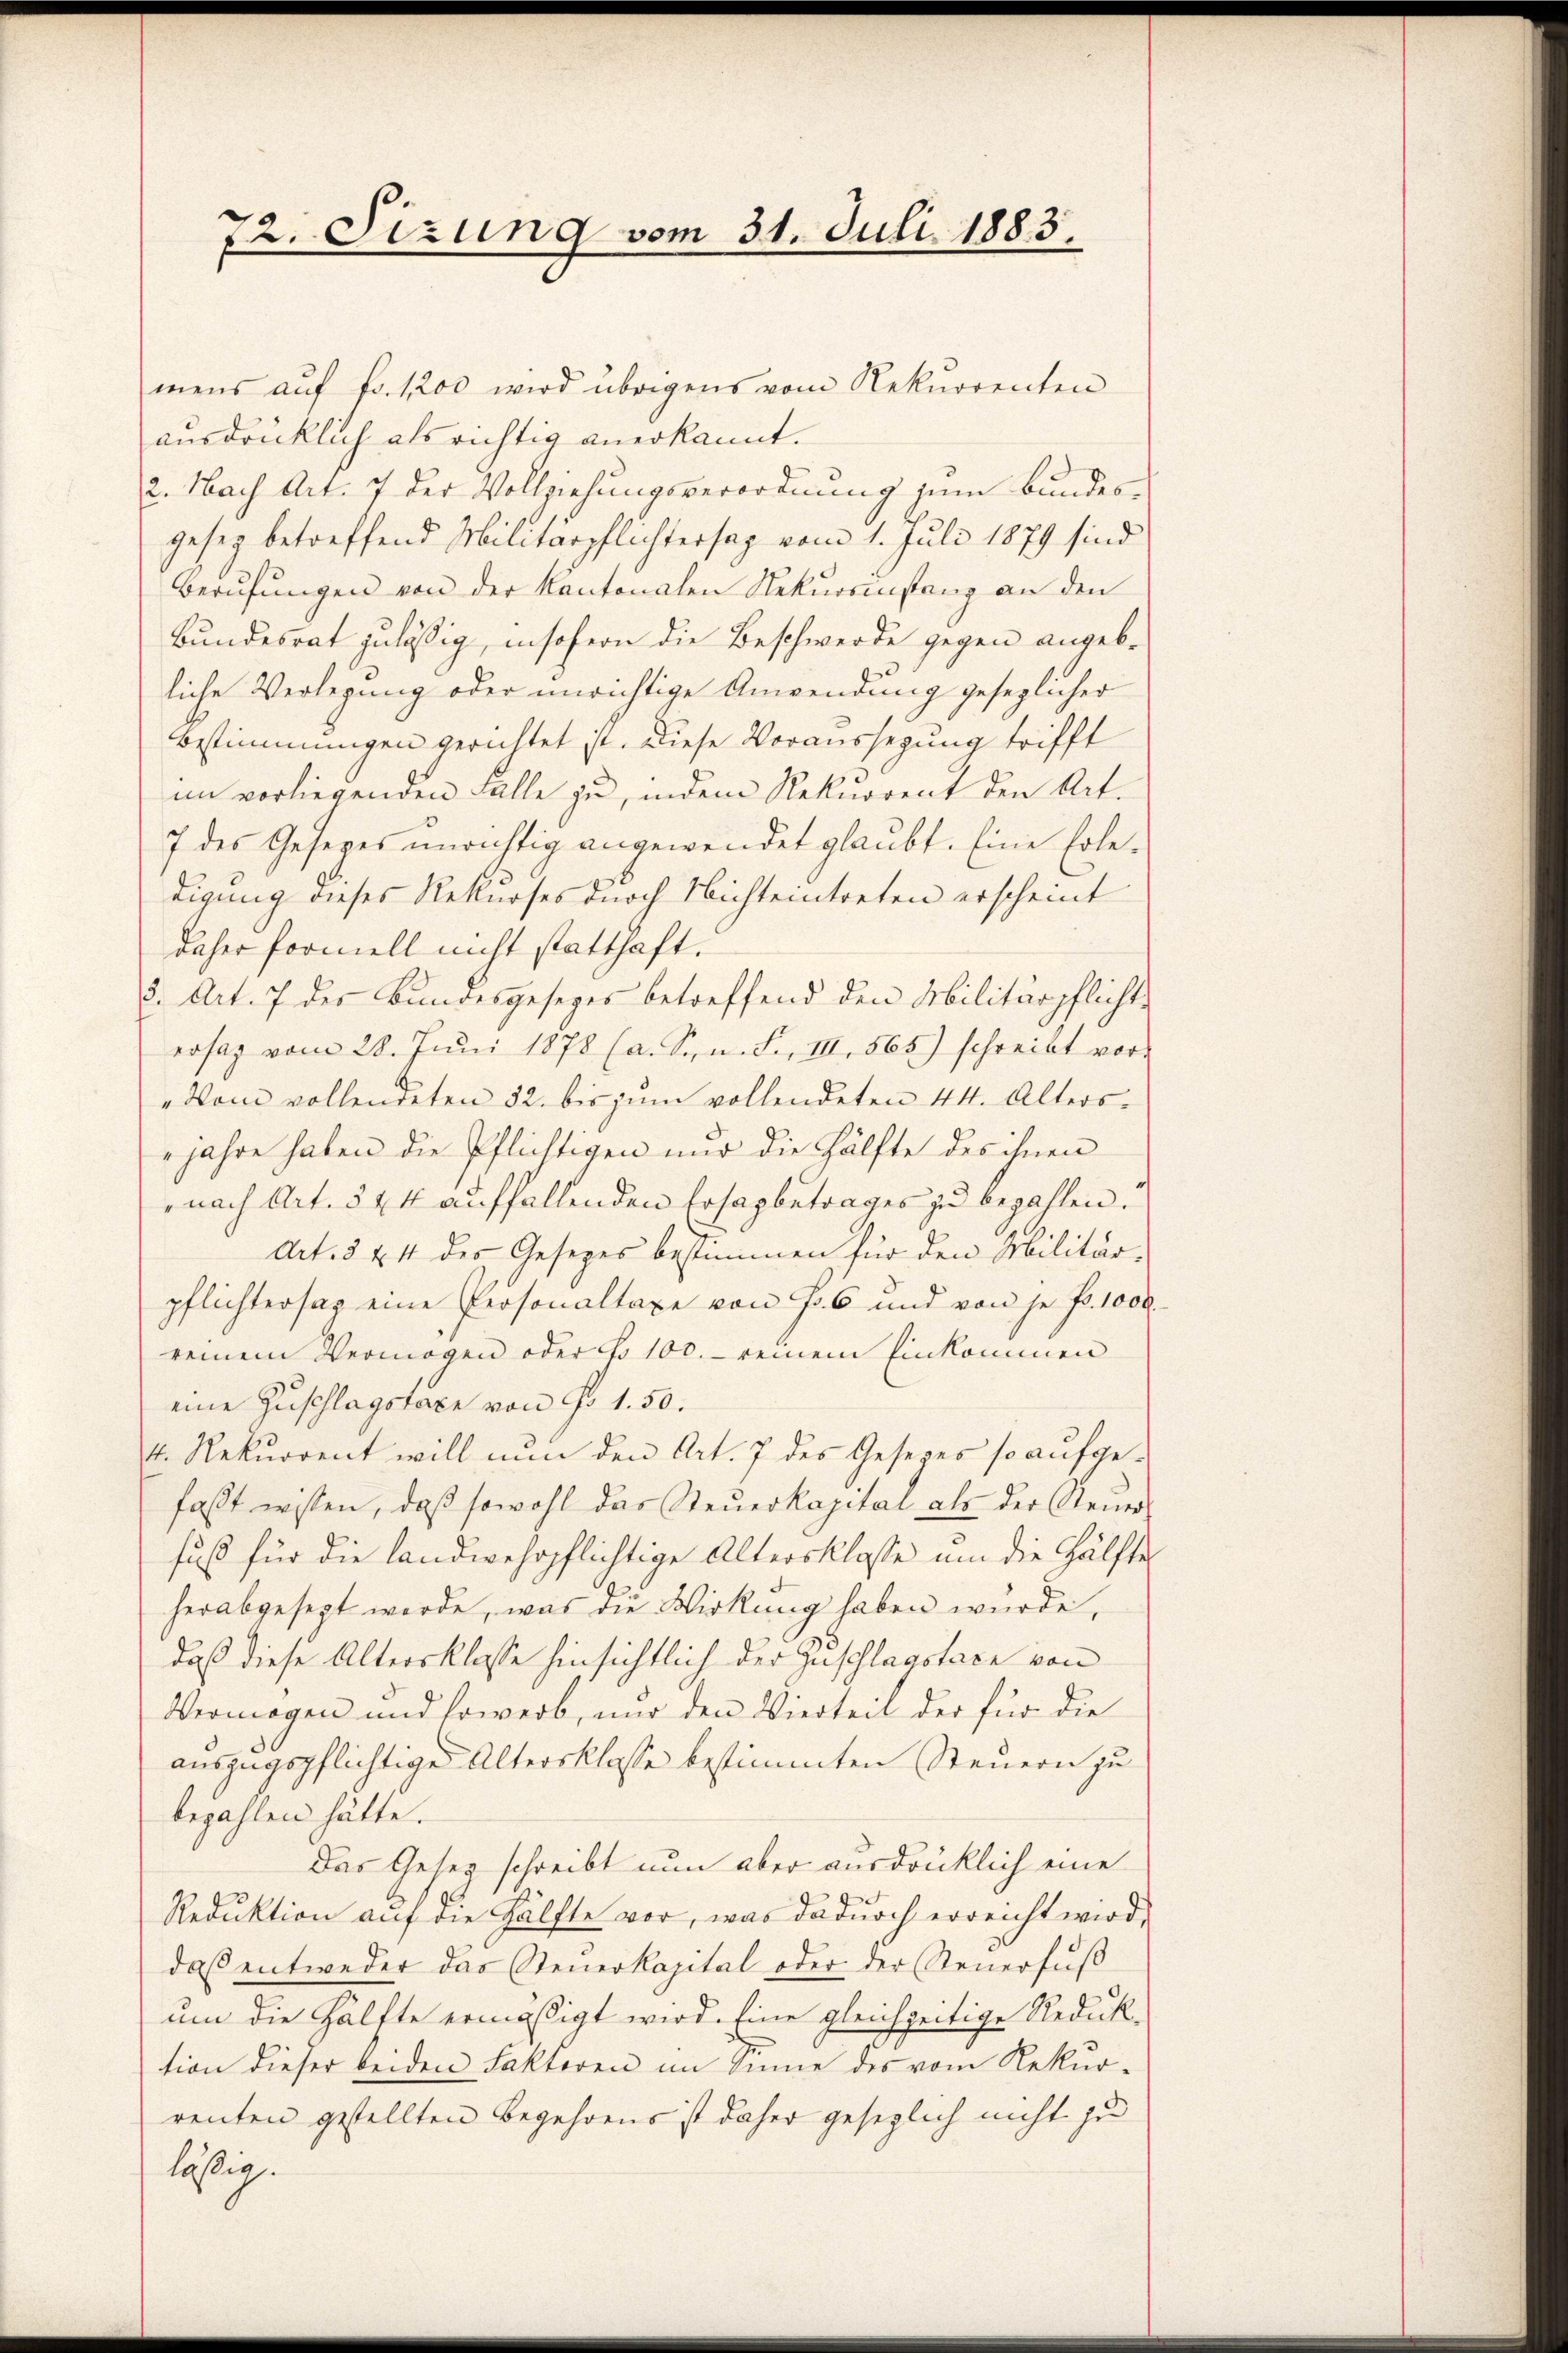
72. Sizung vom 31. Juli 1883.

mens auf Fr. 1200 wird übrigens vom Rekurrenten
ausdrücklich als richtig anerkannt.
2. Nach Art. 7 der Vollziehungsverordnung zum Bundes-
gesez betreffend Militärpflichtersag vom 1. Juli 1879 sind
Berŭfŭngen von der Kantonalen Rekurrenstanz an den
Bundesrat zuläßig, insofern die Beschwerde gegen angebliche Verlegung oder unrichtige Anwendung gesezlicher
Bestimmungen gerichtet ist. Diese Voraussegung trifft
im vorliegenden Falle zu, indem Rekurrent den Art.
7 des Gesetzes unrichtig angewendet glaubt. Eine Erledigung dieses Rekurses durch Nichteintreten erscheint
daher formell nicht statthaft.
2. Art. 7 des Bundesgesetzes betreffend den Militärpflichte
ersag vom 28. Jŭni 1878 (a. Srn. F. III 565) schreibt vor¬
„Vom vollendeten 32. bis zŭm vollendeten 44. Alters-
jahre haben die Pflichtigen und die Hälfte des ihnen
nach Art. 544 auffallenden Ersapbetrages zu bezahlen.
Art. 3 & 4 des Gesetzes bestimmen für den Militär-
pflichtersag eine Personaltaxe von Fr. 6 und von je f. 1000.
reinem Vermögen oder No 100. reinem Einkommen
eine Zuschlagstaxe von No 1. 50.
4. Rekurrent will nun den Art. 7 des Gesezes so aufgefaßt wissen, daβ sowohl das Steŭerkapital als der Steuer
fuß für die landwehrpflichtige Altersklasse um die Hälfte
herabgesezt werde, was die Wirkung haben würde,
daß diese Altersklasse hinsichtlich der Zuschlagstaxe von
Vermögen und sowerb, nur den Vierteil der für die
auszugspflichtige Altersklasse bestimmten Steuern zu
bezahlen hätte.
Das Gesetz schreibt nun aber ausdrücklich eine
Reduktion auf die Hälfte vor, was dadurch erreicht wird,
daß entweder das Steuerkapital oder der Steuerfuß
um die Hälfte ermässigt wird. Eine gleichzeitige Reduk-
tion dieser beiden Faktoren im Sinne des vom Rekurrenten gestellten Begehrens ist daher gesezlich nicht zu
lästig.